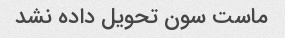
ماست سون تحویل داده نشد